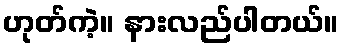
ဟုတ်ကဲ့။ နားလည်ပါတယ်။